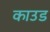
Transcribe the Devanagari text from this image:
काउड